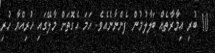
10 ބުރި އިމާރާތެއް ބަލާލުމުން ފެންނާނެއެވެ. ހަމަ އެގޮތަށް މާލޭގައި ހުރިއްޔާ ހުރި